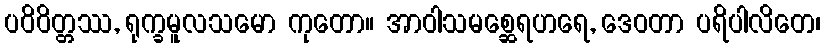
ပဝိဝိတ္တဿ, ရုက္ခမူလသမော ကုတော။ အာဝါသမစ္ဆေရဟရေ, ဒေဝတာ ပရိပါလိတေ၊